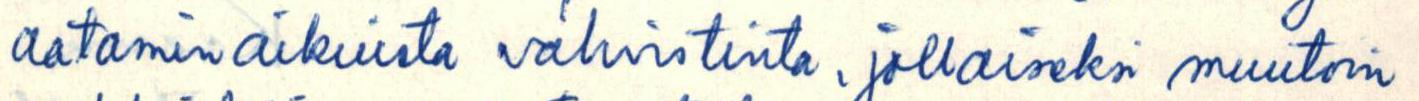
aataminaikuista vahvistinta, jollaiseksi muutoin